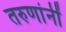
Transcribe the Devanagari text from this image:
तरुणांनीं